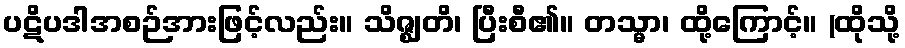
ပဋိပဒါအစဉ်အားဖြင့်လည်း။ သိဇ္ဈတိ၊ ပြီးစီ၏။ တသ္မာ၊ ထို့ကြောင့်။ (ထိုသို့